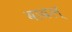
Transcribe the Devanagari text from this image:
बाबल्